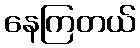
နေကြတယ်